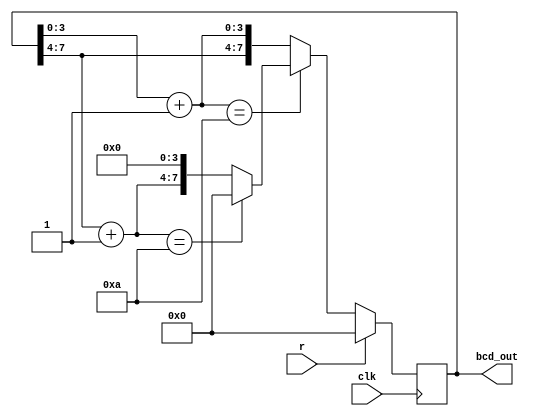
`timescale 1ns / 1ps
//////////////////////////////////////////////////////////////////////////////////
// Company: 
// Engineer: 
// 
// Design Name: 
// Module Name: bcdCounter
// Project Name: 
// Target Devices: 
// Tool Versions: 
// Description: 
// 
// Dependencies: 
// 
// Revision:
// Revision 0.01 - File Created
// Additional Comments:
// 
//////////////////////////////////////////////////////////////////////////////////


module bcdCounter(
    input r,
    input clk,
    output reg [7:0] bcd_out
    );
    
    initial begin
        bcd_out = 8'h00;
    end
    
    always @ (posedge clk)
    begin
        if (r==1)
            bcd_out = 8'h00;
        else
        begin
            bcd_out[3:0] = bcd_out[3:0]+1;
            
            if(bcd_out[3:0] == 4'ha)
            begin
                bcd_out[3:0] = 4'h0;
                bcd_out[7:4] = bcd_out[7:4] + 4'h1;
                if(bcd_out[7:4] == 4'ha)
                    bcd_out = 8'h00;
            end
        end     
    end
    
endmodule